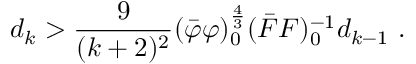
d _ { k } > \frac { 9 } { ( k + 2 ) ^ { 2 } } ( \bar { \varphi } \varphi ) _ { 0 } ^ { \frac { 4 } { 3 } } ( \bar { F } F ) _ { 0 } ^ { - 1 } d _ { k - 1 } \ .